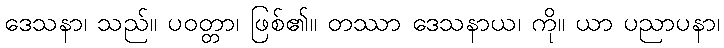
ဒေသနာ၊ သည်။ ပဝတ္တာ၊ ဖြစ်၏။ တဿာ ဒေသနာယ၊ ကို။ ယာ ပညာပနာ၊